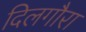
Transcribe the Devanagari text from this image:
दिलगौरा